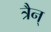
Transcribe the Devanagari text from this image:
त्रैन्